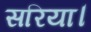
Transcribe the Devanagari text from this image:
सरिया।